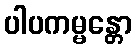
ပါပကမ္မန္တော